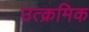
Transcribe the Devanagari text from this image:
उत्क्रमिक